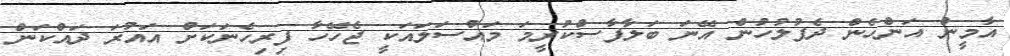
އާމީން އަންހެން ދެފުލުހުން އޭނަ ބަލާފާސްކުރީމަ މައްސަލައަކީ ޖެހޭހާ ފިރިހެނަކަށް އައުރަ ދައްކަން